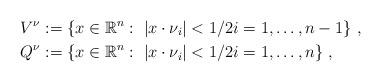
LaTeX: \begin{align*}V^{\nu} & :=\{x\in\mathbb{R}^{n}:~|x\cdot\nu_{i}|<1/2i=1,\ldots,n-1\}~,\\Q^{\nu} & :=\{x\in\mathbb{R}^{n}:~|x\cdot\nu_{i}|<1/2i=1,\ldots,n\}~,\end{align*}